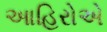
આહિરોએ